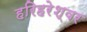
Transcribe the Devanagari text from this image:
हरिहरेश्‍वर